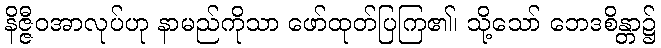
နိဇ္ဇီဝအာလုပ်ဟု နာမည်ကိုသာ ဖော်ထုတ်ပြကြ၏၊ သို့သော် ဘေဒစိန္တာ၌